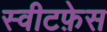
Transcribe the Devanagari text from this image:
स्वीटफ़ेस